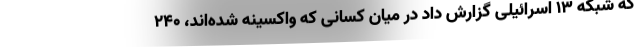
که شبکه ۱۳ اسرائیلی گزارش داد در میان کسانی که واکسینه شده‌اند، ۲۴۰